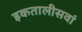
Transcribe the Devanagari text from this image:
इकतालीसवां